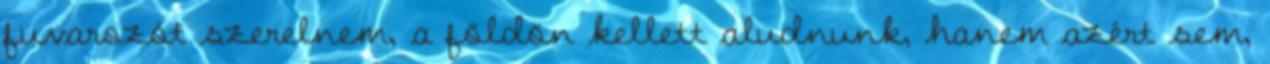
fuvarozót szerelnem, a földön kellett aludnunk, hanem azért sem,